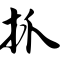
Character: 抓